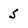
Character: 5